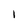
Character: 1